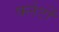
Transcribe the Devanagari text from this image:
फ्लेटों